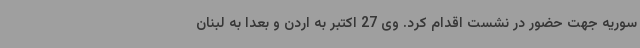
سوریه جهت حضور در نشست اقدام کرد. وی 27 اکتبر به اردن و بعدا به لبنان